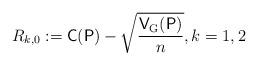
LaTeX: \begin{align*}R_{k,0} := \mathsf{C}(\mathsf{P}) - \sqrt{\frac{\mathsf{V}_{\mathrm{G}}(\mathsf{P})}{n}}, k = 1,2\end{align*}